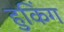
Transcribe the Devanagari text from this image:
हुकिंग